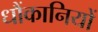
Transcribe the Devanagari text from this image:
धौंकानियों